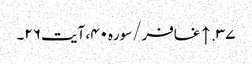
۳۷. ↑ غافر/سوره۴۰، آیت ۲۶۔